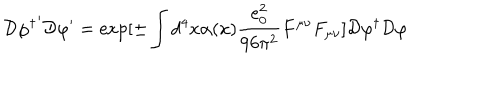
{ \cal D } { \varphi ^ { \dagger } } ^ { \prime } { \cal D } \varphi ^ { \prime } = \exp [ \pm \int d ^ { 4 } x \alpha ( x ) \frac { e _ { 0 } ^ { 2 } } { 9 6 \pi ^ { 2 } } F ^ { \mu \nu } F _ { \mu \nu } ] { \cal D } { \varphi ^ { \dagger } } { \cal D } \varphi